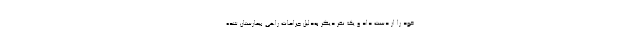
خود را از دست داد و یک نفر دیگر به‌دلیل جراحات راهی بیمارستان شده